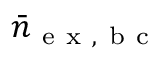
\bar { n } _ { \mathrm { ~ e ~ x ~ , ~ b ~ c ~ } }